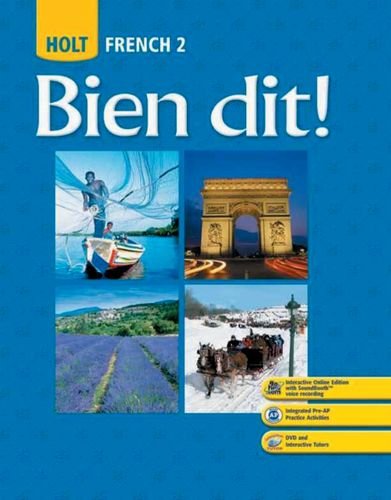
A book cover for Bien dit!: Student Edition Level 2 2008; RINEHART AND WINSTON HOLT; Teen & Young Adult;